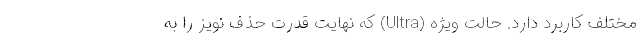
مختلف کاربرد دارد. حالت ویژه (Ultra) که نهایت قدرت حذف نویز را به